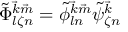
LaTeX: \tilde { \Phi } _ { l \zeta n } ^ { { \vec { k } } { \vec { m } } } = \tilde { \phi } _ { l n } ^ { { \vec { k } } { \vec { m } } } \tilde { \psi } _ { \zeta n } ^ { { \vec { k } } }